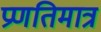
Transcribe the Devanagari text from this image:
प्रणतिमात्र